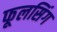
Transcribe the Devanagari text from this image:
फूलसिंग